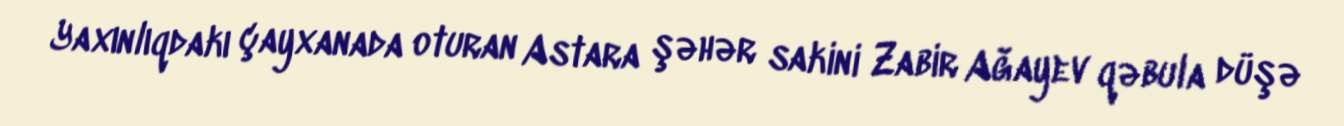
Yaxınlıqdakı çayxanada oturan Astara şəhər sakini Zabir Ağayev qəbula düşə